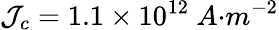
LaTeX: \mathcal{J}_{{c}}=1.1\times{10}^{12}{\ A}{{{·}}{m}}^{{-2}}